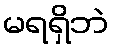
မရရှိဘဲ